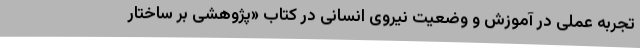
تجربه عملی در آموزش و وضعیت نیروی انسانی در کتاب «پژوهشی بر ساختار